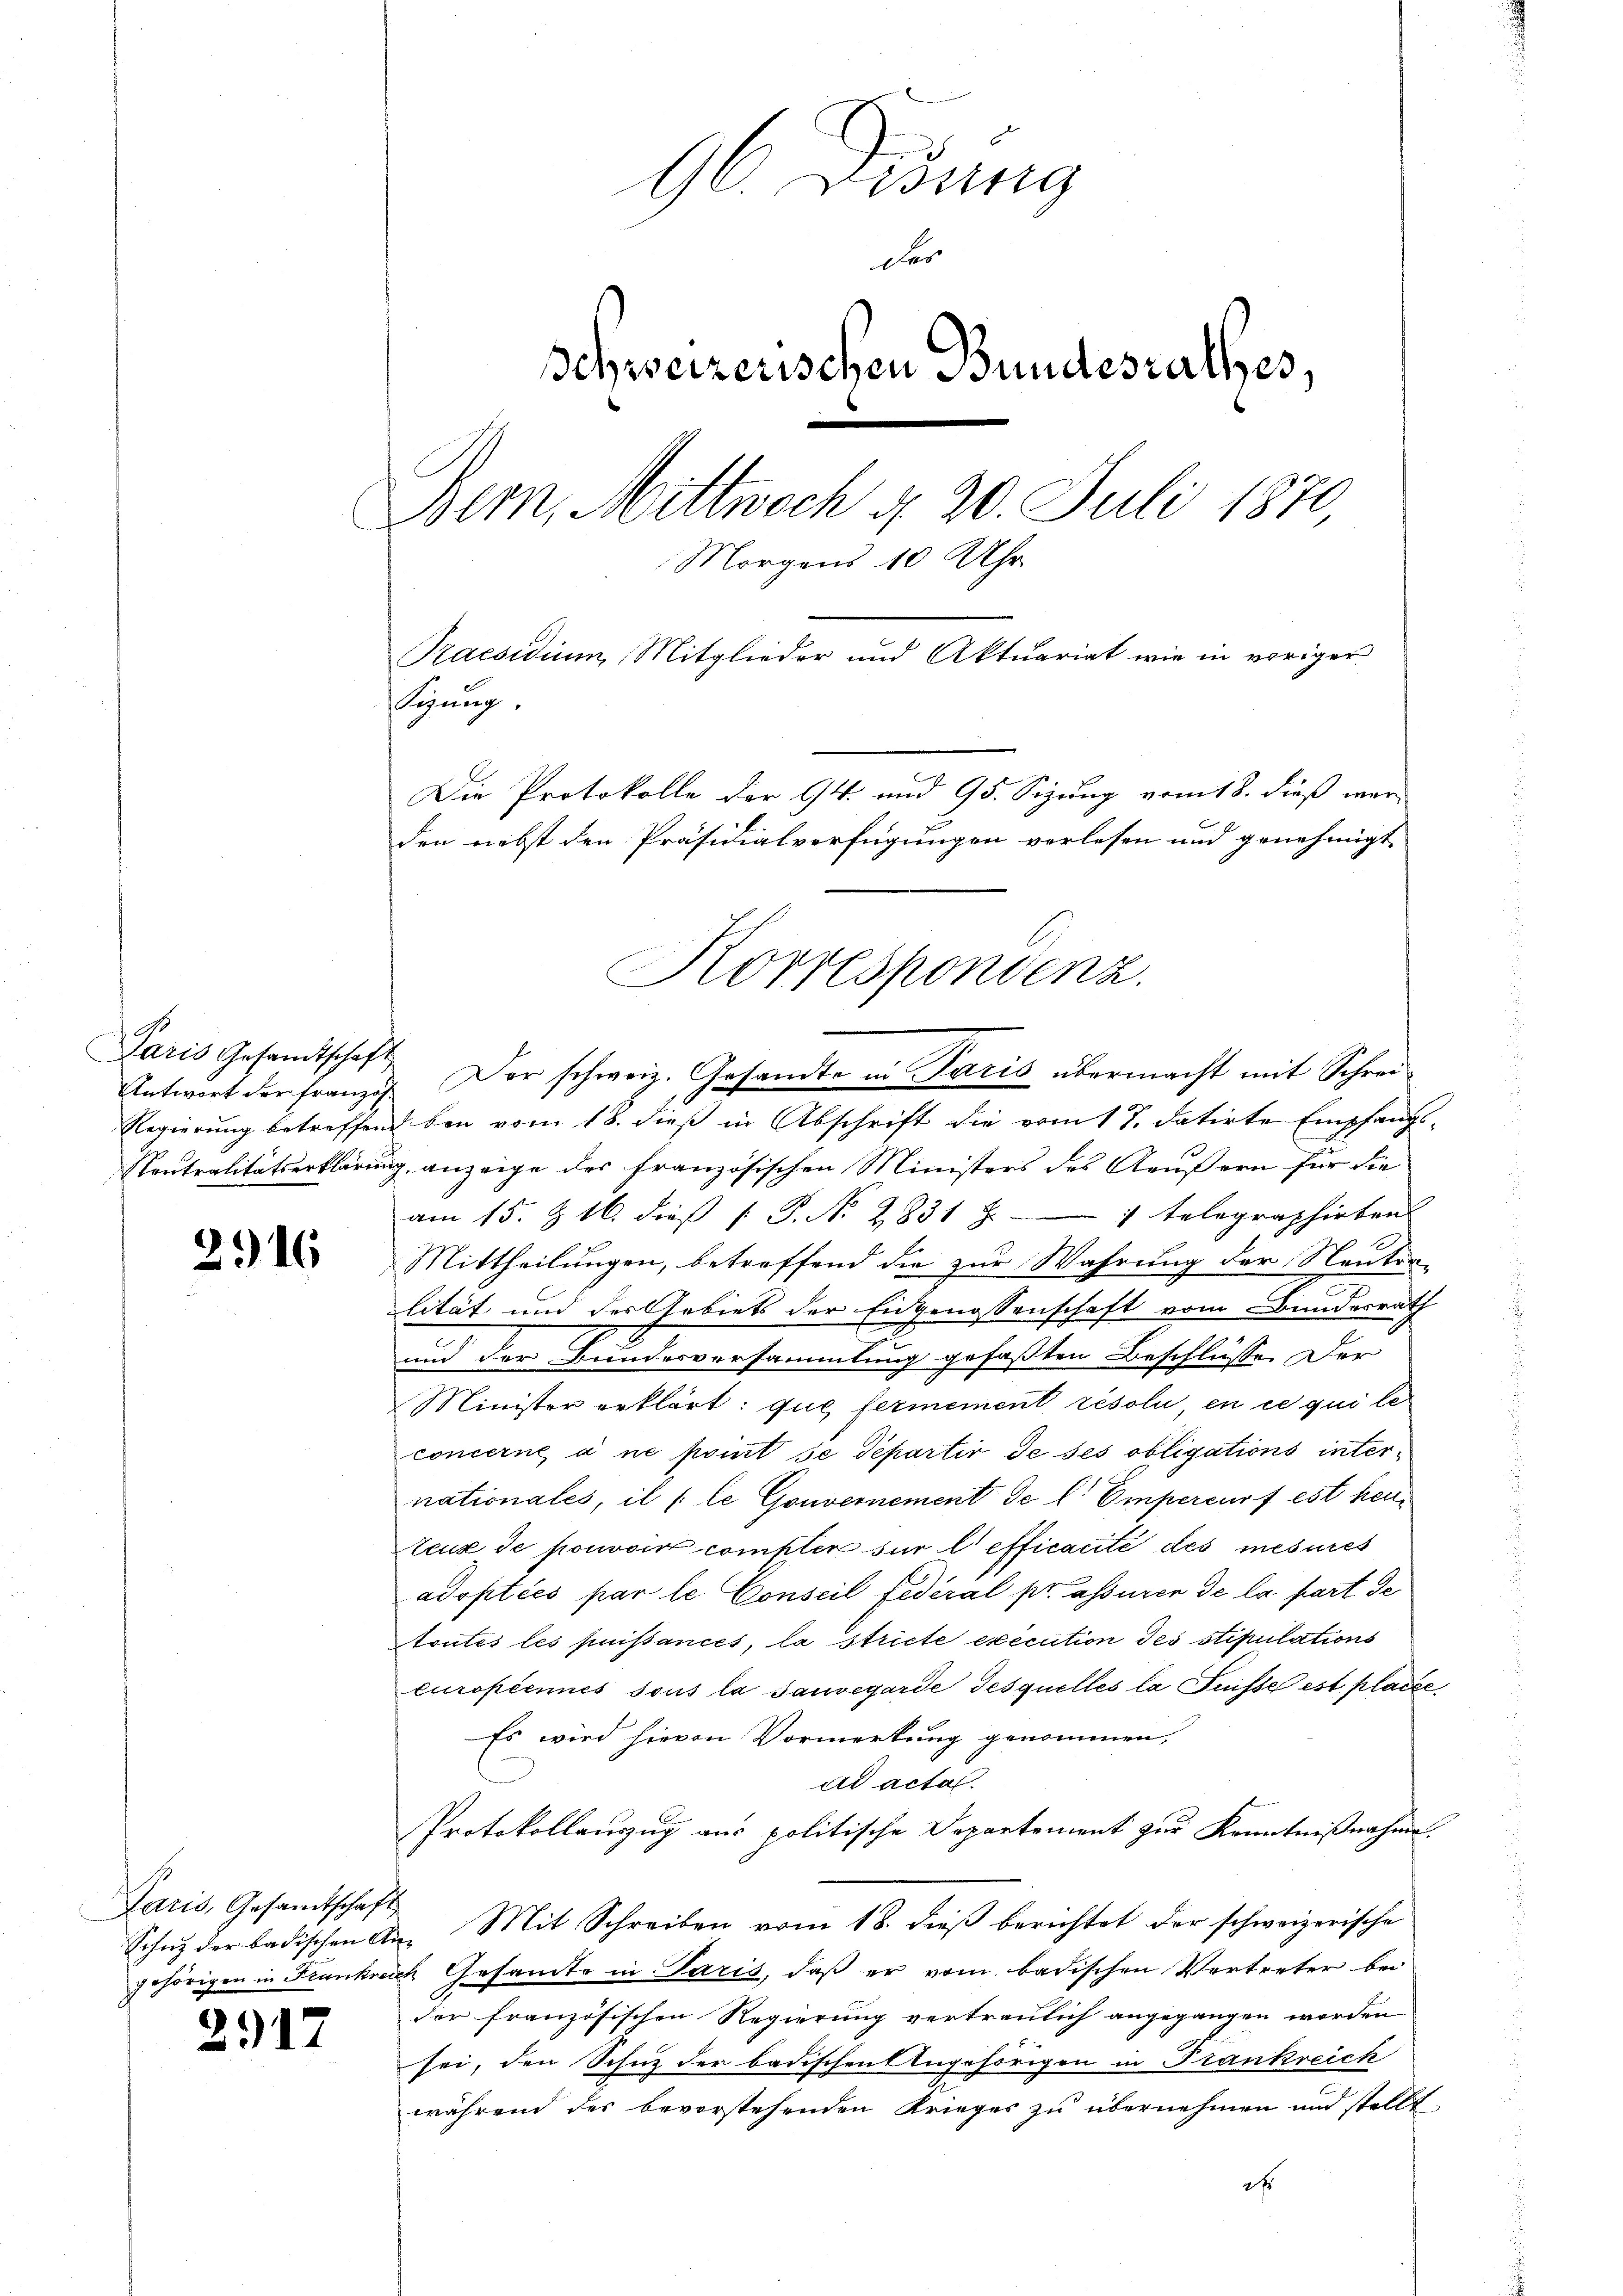
Paris Gesandtschaft

2916

2917

96 Didung
des
schweizerischen Bundesrathes,
6
Bern, Mittwoch d. 20. Juli 1870,
Morgens 10 Uhr.
Praesidium Mitglieder und Aktuariat wie in voriger
Sigung.
Die Protokolle der 14. und 95. Sizung vom 18. dieß wer-
den nebst den Präsidialverfügungen verlesen und genehmigt

Antwort der Französ. Dor schweiz. Gesandte in Paris übermacht mit Schrei¬
Regierung betreffend bei vom 18. dieß in Abschrift die vom 17. datirte Empfangs¬
Nontralitätserklärung, anzeige der französischen Ministers des Aeußern für die
am 15. & 16. dieß P. N. 2831 f. 1 telegraphirten
Mittheilungen, betreffend die zur Wahrung der Neutralität und des Gebiets der Eidgenossenschaft vom Bundesrath
und der Bundesversammlung gefaßten Beschlüsse. Der
Minister erklärt: que fermement résoli, en ce qui le
concerne a ne point se Departir de ses obligations internationales, il (le Gouvernement de l'Empercus fest heu¬
Zeux de pouvoir compter für l'efficacité des mesures
adopties par le Conseil fédéral pr assier de la part de
toutes les puissances, la stricte execution des stipulations
curopiennes sous la sauvegarde Tesquelles la Suisse est placze
Es wird hievon Vormerkung genommen,
ad acta.
Protokollauszug aus politische Departement zur Kenntnißnahme.
Schŭt der badischen An- Mit Schreiben vom 18. dieβ berichtet der schweizerische
gehörigen in Frankreich Gesamte in Paris, daß er vom badischen Vertreter bei
der französischen Regierung vertraulich angegangen worden
sei, den Schuz der badischen Angehörigen in Frankreich
während des bevorstehenden Krieges zu übernehmen und stellt,
f

Paris, Gesamtschaft

Korrespondenz.